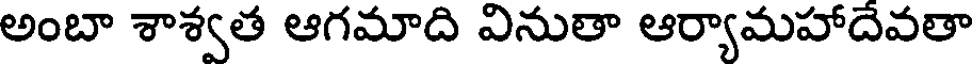
అంబా శాశ్వత ఆగమాది వినుతా ఆర్యామహాదేవతా